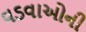
વડવાઓની